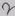
Text: 2